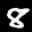
Label: 8